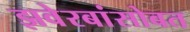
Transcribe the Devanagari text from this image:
झवेरबांसोबत